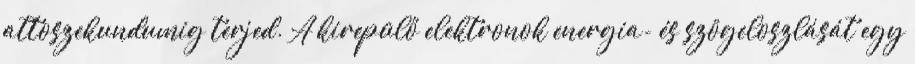
attoszekundumig terjed. A kirepülő elektronok energia- és szögeloszlását egy